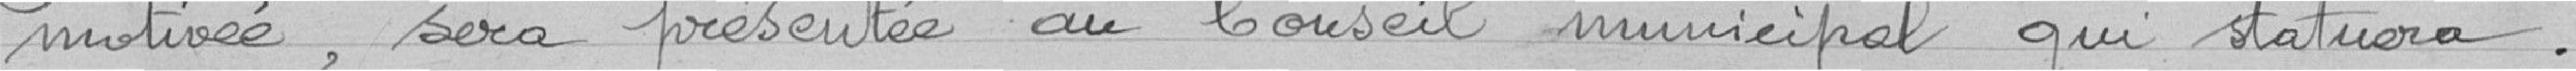
motivée, sera présentée au Conseil Municipal qui statuera.